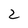
Character: 2